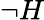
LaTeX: \neg H